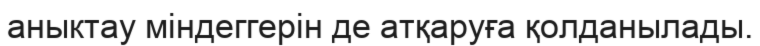
аныктау міндеггерін де атқаруға қолданылады.